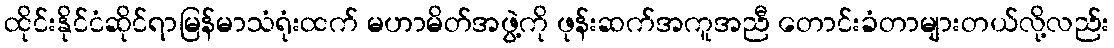
ထိုင်းနိုင်ငံဆိုင်ရာမြန်မာသံရုံးထက် မဟာမိတ်အဖွဲ့ကို ဖုန်းဆက်အကူအညီ တောင်းခံတာများတယ်လို့လည်း